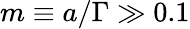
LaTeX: m\equiv a/{\Gamma}\gg 0.1